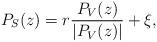
LaTeX: \begin{align*}P_S(z)=r \frac{P_V(z)}{|P_V(z)|}+ \xi,\end{align*}